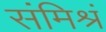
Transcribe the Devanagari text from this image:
संमिश्रं